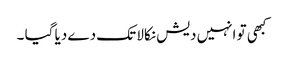
کبھی تو انہیں دیش نکالا تک دے دیا گیا ۔